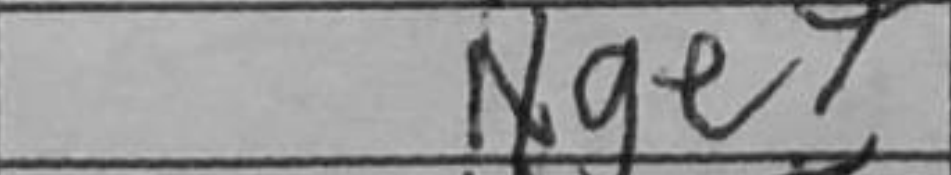
Transcription: Nge7